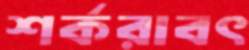
শর্করাবৎ